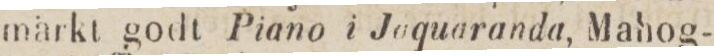
märkt godt Piano i Joquaranda, Mahog-